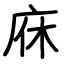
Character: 庥